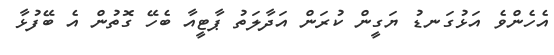
އެހެންވެ އަޅުގަނޑު ޔަގީން ކުރަން އަދާލަތު ޕާޓީއާ ބެހޭ ގޮތުން އެ ބޭފުޅާ